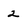
Character: 2